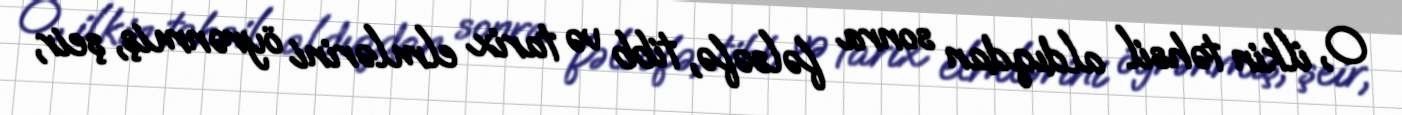
O, ilkin təhsil aldıqdan sonra fəlsəfə, tibb və tarix elmlərini öyrənmiş, şeir,